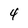
Character: 4